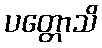
ပတ္တောသိ